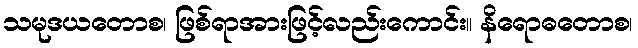
သမုဒယတောစ၊ ဖြစ်ရာအားဖြင့်လည်းကောင်း။ နိရောဓတောစ၊